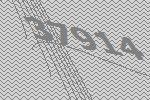
37914